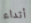
أثداء